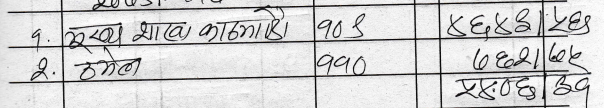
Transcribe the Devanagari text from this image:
१. सुखा शाखा काठमाडौ ९०८ ४६४८ ५६
२. ढमेल ११० ७०२१ ७०६
४४.७३ ३९